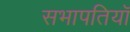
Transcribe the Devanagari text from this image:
सभापतियॉ